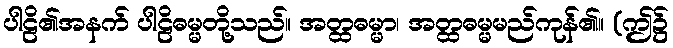
ပါဠိ၏အနက် ပါဠိဓမ္မတို့သည်။ အတ္ထဓမ္မာ၊ အတ္ထဓမ္မမည်ကုန်၏။ (ဤ၌